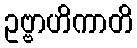
ဥဗ္ဗာဟိကာတိ